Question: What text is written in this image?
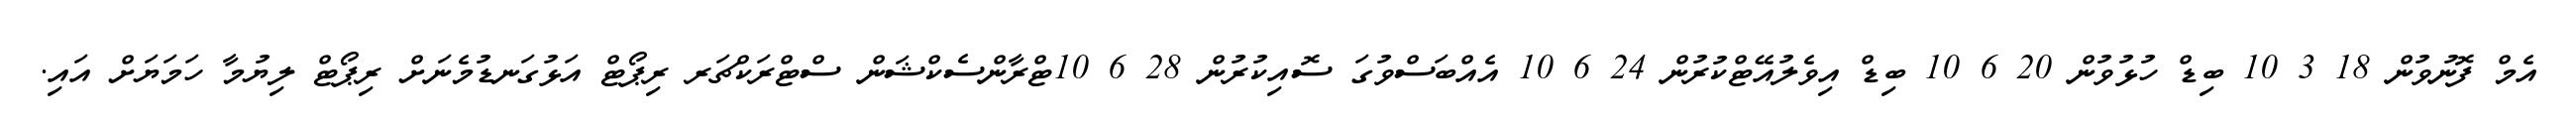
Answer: އެމް ފޮނުވުން 18 3 10 ބިޑް ހުޅުވުން 20 6 10 ބިޑް އިވެލުއޭޓްކުރުން 24 6 10 އެއްބަސްވުގަ ސޮއިކުރުން 28 6 10ޓްރާންސެކްޝަން ސްޓްރަކްޗަރ ރިޕޯޓް އަޅުގަނޑުމެނަށް ރިޕޯޓް ލިޔުމާ ހަމަޔަށް އައި.